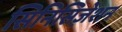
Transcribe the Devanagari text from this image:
सिनिसिज़ेशन